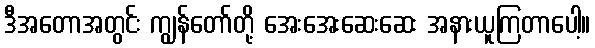
ဒီအတောအတွင်း ကျွန်တော်တို့ အေးအေးဆေးဆေး အနားယူကြတာပေါ့။